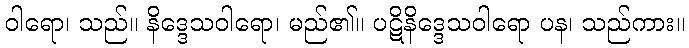
ဝါရော၊ သည်။ နိဒ္ဒေသဝါရော၊ မည်၏။ ပဋိနိဒ္ဒေသဝါရော ပန၊ သည်ကား။